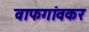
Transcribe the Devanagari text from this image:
वाफगांवकर